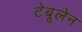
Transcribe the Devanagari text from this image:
टेबूलेन